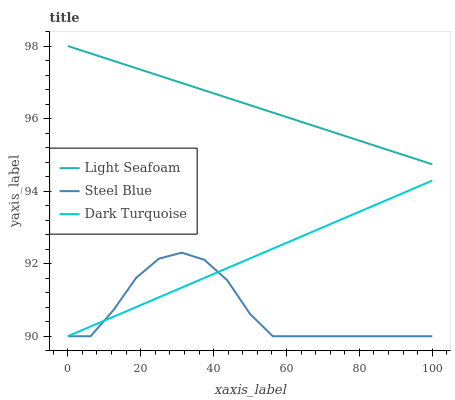
| xaxis_label | Light Seafoam | Steel Blue | Dark Turquoise |
 | --- | --- | --- | --- |
 | 0 | 98 | 90 | 90 |
 | 6.25 | 97.8 | 90 | 90.3 |
 | 12.5 | 97.6 | 90.7 | 90.5 |
 | 18.8 | 97.4 | 91.6 | 90.8 |
 | 25 | 97.2 | 92.1 | 91.1 |
 | 31.2 | 97 | 92.3 | 91.3 |
 | 37.5 | 96.8 | 92.1 | 91.6 |
 | 43.8 | 96.6 | 91.5 | 91.9 |
 | 50 | 96.4 | 90.6 | 92.1 |
 | 56.2 | 96.2 | 90 | 92.4 |
 | 62.5 | 96 | 90 | 92.7 |
 | 68.8 | 95.8 | 90 | 92.9 |
 | 75 | 95.6 | 90 | 93.2 |
 | 81.2 | 95.4 | 90 | 93.5 |
 | 87.5 | 95.1 | 90 | 93.8 |
 | 93.8 | 94.9 | 90 | 94 |
 | 100 | 94.7 | 90 | 94.3 |